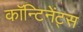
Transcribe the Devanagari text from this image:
कॉन्टिनेंट्स